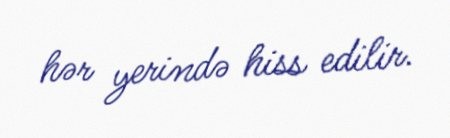
hər yerində hiss edilir.